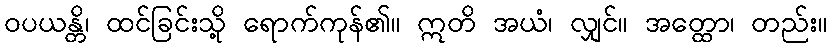
ဝပယန္တိ၊ ထင်ခြင်းသို့ ရောက်ကုန်၏။ ဣတိ အယံ၊ လျှင်။ အတ္ထော၊ တည်း။